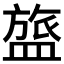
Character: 𬐰